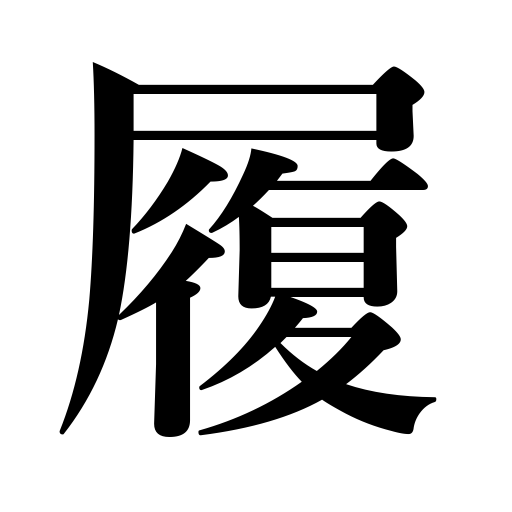
Meanings: evade payment,carry through,practice,appraise,set foot on,put on the feet,trample on,step on,stamp on